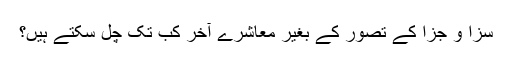
سزا و جزا کے تصور کے بغیر معاشرے آخر کب تک چل سکتے ہیں؟